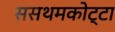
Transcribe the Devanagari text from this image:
ससथमकोट्टा